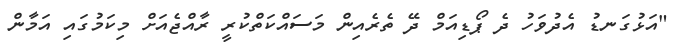
"އަޅުގަނޑު އެދުވަހު ދެ ޕޯޑިއަމް ދޭ ތެރެއިން މަސައްކަތްކުރީ ރާއްޖެއަށް މިކަމުގައި އަމާން